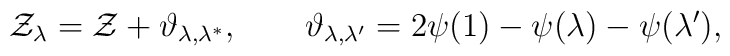
\mathcal{Z}_\lambda =   \mathcal{Z} + \vartheta_{\lambda,\lambda^*},   \qquad  \vartheta_{\lambda,\lambda'} =  2\psi(1)-\psi(\lambda)-\psi(\lambda'),